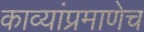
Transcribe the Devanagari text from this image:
काव्यांप्रमाणेच